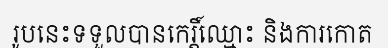
រូបនេះទទួលបានកេរ្តិ៍ឈ្មោះ និងការកោត